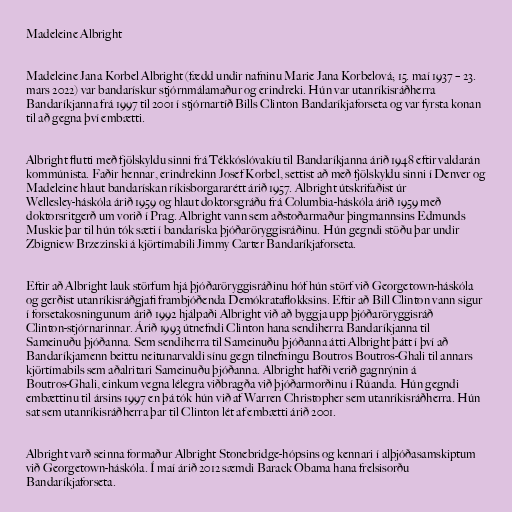
Madeleine Albright

Madeleine Jana Korbel Albright (fædd undir nafninu Marie Jana Korbelová; 15. maí 1937 – 23.
mars 2022) var bandarískur stjórnmálamaður og erindreki. Hún var utanríkisráðherra
Bandaríkjanna frá 1997 til 2001 í stjórnartíð Bills Clinton Bandaríkjaforseta og var fyrsta konan
til að gegna því embætti.

Albright flutti með fjölskyldu sinni frá Tékkóslóvakíu til Bandaríkjanna árið 1948 eftir valdarán
kommúnista. Faðir hennar, erindrekinn Josef Korbel, settist að með fjölskyldu sinni í Denver og
Madeleine hlaut bandarískan ríkisborgararétt árið 1957. Albright útskrifaðist úr
Wellesley-háskóla árið 1959 og hlaut doktorsgráðu frá Columbia-háskóla árið 1959 með
doktorsritgerð um vorið í Prag. Albright vann sem aðstoðarmaður þingmannsins Edmunds
Muskie þar til hún tók sæti í bandaríska þjóðaröryggisráðinu. Hún gegndi stöðu þar undir
Zbigniew Brzezinski á kjörtímabili Jimmy Carter Bandaríkjaforseta.

Eftir að Albright lauk störfum hjá þjóðaröryggisráðinu hóf hún störf við Georgetown-háskóla
og gerðist utanríkisráðgjafi frambjóðenda Demókrataflokksins. Eftir að Bill Clinton vann sigur
í forsetakosningunum árið 1992 hjálpaði Albright við að byggja upp þjóðaröryggisráð
Clinton-stjórnarinnar. Árið 1993 útnefndi Clinton hana sendiherra Bandaríkjanna til
Sameinuðu þjóðanna. Sem sendiherra til Sameinuðu þjóðanna átti Albright þátt í því að
Bandaríkjamenn beittu neitunarvaldi sínu gegn tilnefningu Boutros Boutros-Ghali til annars
kjörtímabils sem aðalritari Sameinuðu þjóðanna. Albright hafði verið gagnrýnin á
Boutros-Ghali, einkum vegna lélegra viðbragða við þjóðarmorðinu í Rúanda. Hún gegndi
embættinu til ársins 1997 en þá tók hún við af Warren Christopher sem utanríkisráðherra. Hún
sat sem utanríkisráðherra þar til Clinton lét af embætti árið 2001.

Albright varð seinna formaður Albright Stonebridge-hópsins og kennari í alþjóðasamskiptum
við Georgetown-háskóla. Í maí árið 2012 sæmdi Barack Obama hana frelsisorðu
Bandaríkjaforseta.